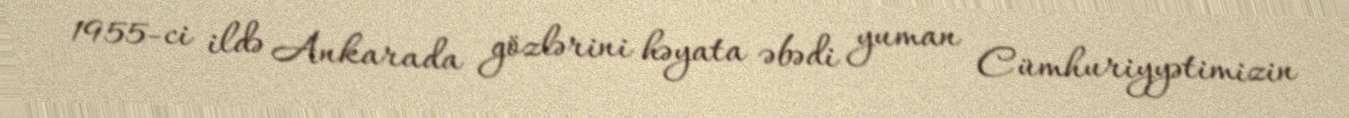
1955-ci ildə Ankarada gözlərini həyata əbədi yuman Cümhuriyyətimizin